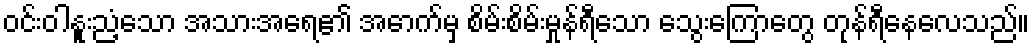
ဝင်းဝါနူးညံ့သော အသားအရေ၏ အောက်မှ စိမ်းစိမ်းမှုန်ရီသော သွေးကြောတွေ တုန်ရီနေလေသည်။